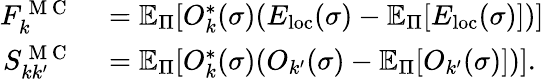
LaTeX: \begin{array}{rl}{F_{k}^{\mathrm{~M~C~}}}&{{}=\mathbb{E}_{\Pi}[O_{k}^{*}(\sigma)(E_{\mathrm{loc}}(\sigma)-\mathbb{E}_{\Pi}[E_{\mathrm{loc}}(\sigma)])]}\\ {S_{kk^{\prime}}^{\mathrm{~M~C~}}}&{{}=\mathbb{E}_{\Pi}[O_{k}^{*}(\sigma)(O_{k^{\prime}}(\sigma)-\mathbb{E}_{\Pi}[O_{k^{\prime}}(\sigma)])].}\end{array}